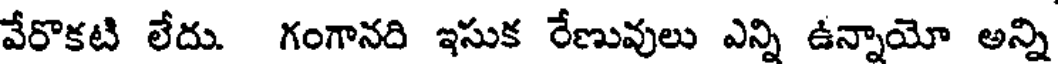
వేరొకటి లేదు. గంగానది ఇసుక రేణువులు ఎన్ని ఉన్నాయో అన్ని